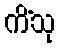
ကိံသု